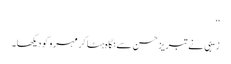
‘‘
زیبی نے تبریز حسن سے نگاہ ہٹا کر مہرو کو دیکھا۔